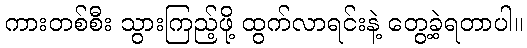
ကားတစ်စီး သွားကြည့်ဖို့ ထွက်လာရင်းနဲ့ တွေ့ခဲ့ရတာပါ။